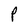
Character: P